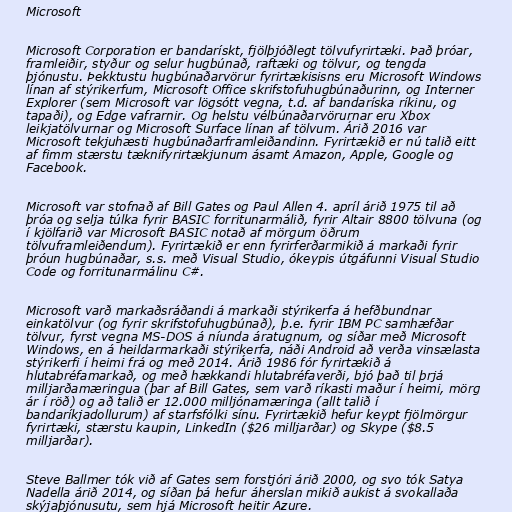
Microsoft

Microsoft Corporation er bandarískt, fjölþjóðlegt tölvufyrirtæki. Það þróar,
framleiðir, styður og selur hugbúnað, raftæki og tölvur, og tengda
þjónustu. Þekktustu hugbúnaðarvörur fyrirtækisisns eru Microsoft Windows
línan af stýrikerfum, Microsoft Office skrifstofuhugbúnaðurinn, og Interner
Explorer (sem Microsoft var lögsótt vegna, t.d. af bandaríska ríkinu, og
tapaði), og Edge vafrarnir. Og helstu vélbúnaðarvörurnar eru Xbox
leikjatölvurnar og Microsoft Surface línan af tölvum. Árið 2016 var
Microsoft tekjuhæsti hugbúnaðarframleiðandinn. Fyrirtækið er nú talið eitt
af fimm stærstu tæknifyrirtækjunum ásamt Amazon, Apple, Google og
Facebook.

Microsoft var stofnað af Bill Gates og Paul Allen 4. apríl árið 1975 til að
þróa og selja túlka fyrir BASIC forritunarmálið, fyrir Altair 8800 tölvuna (og
í kjölfarið var Microsoft BASIC notað af mörgum öðrum
tölvuframleiðendum). Fyrirtækið er enn fyrirferðarmikið á markaði fyrir
þróun hugbúnaðar, s.s. með Visual Studio, ókeypis útgáfunni Visual Studio
Code og forritunarmálinu C#.

Microsoft varð markaðsráðandi á markaði stýrikerfa á hefðbundnar
einkatölvur (og fyrir skrifstofuhugbúnað), þ.e. fyrir IBM PC samhæfðar
tölvur, fyrst vegna MS-DOS á níunda áratugnum, og síðar með Microsoft
Windows, en á heildarmarkaði stýrikerfa, náði Android að verða vinsælasta
stýrikerfi í heimi frá og með 2014. Árið 1986 fór fyrirtækið á
hlutabréfamarkað, og með hækkandi hlutabréfaverði, bjó það til þrjá
milljarðamæringua (þar af Bill Gates, sem varð ríkasti maður í heimi, mörg
ár í röð) og að talið er 12.000 milljónamæringa (allt talið í
bandaríkjadollurum) af starfsfólki sínu. Fyrirtækið hefur keypt fjölmörgur
fyrirtæki, stærstu kaupin, LinkedIn ($26 milljarðar) og Skype ($8.5
milljarðar).

Steve Ballmer tók við af Gates sem forstjóri árið 2000, og svo tók Satya
Nadella árið 2014, og síðan þá hefur áherslan mikið aukist á svokallaða
skýjaþjónusutu, sem hjá Microsoft heitir Azure.